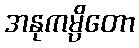
အနုကမ္ပိတော